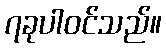
၇ခုပါဝင်သည်။